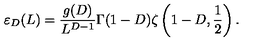
\varepsilon _ { D } ( L ) = \frac { g ( D ) } { L ^ { D - 1 } } \Gamma ( 1 - D ) \zeta \left( 1 - D , \frac 1 { 2 } \right) .